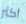
أكثر